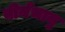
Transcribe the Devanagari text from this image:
वीर्यभानु